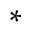
^ \ast